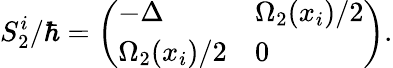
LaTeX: S_{2}^{i}/\hbar=\left(\begin{array}{ll}{-\Delta}&{\Omega_{2}(x_{i})/2}\\ {\Omega_{2}(x_{i})/2}&{0}\end{array}\right).